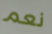
نعم